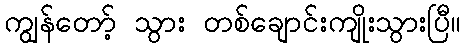
ကျွန်တော့် သွား တစ်ချောင်းကျိုးသွားပြီ။